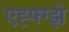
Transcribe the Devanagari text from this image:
एह्फ्ग्झे